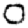
Digit: 0